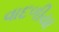
વાદળીયા